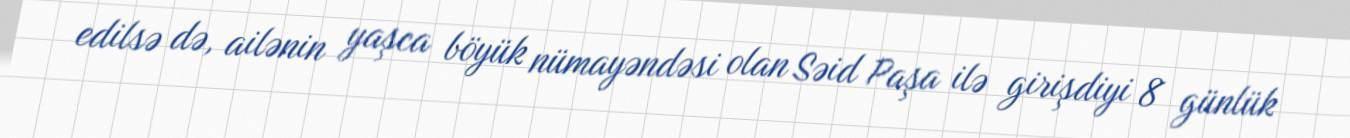
edilsə də, ailənin yaşca böyük nümayəndəsi olan Səid Paşa ilə girişdiyi 8 günlük